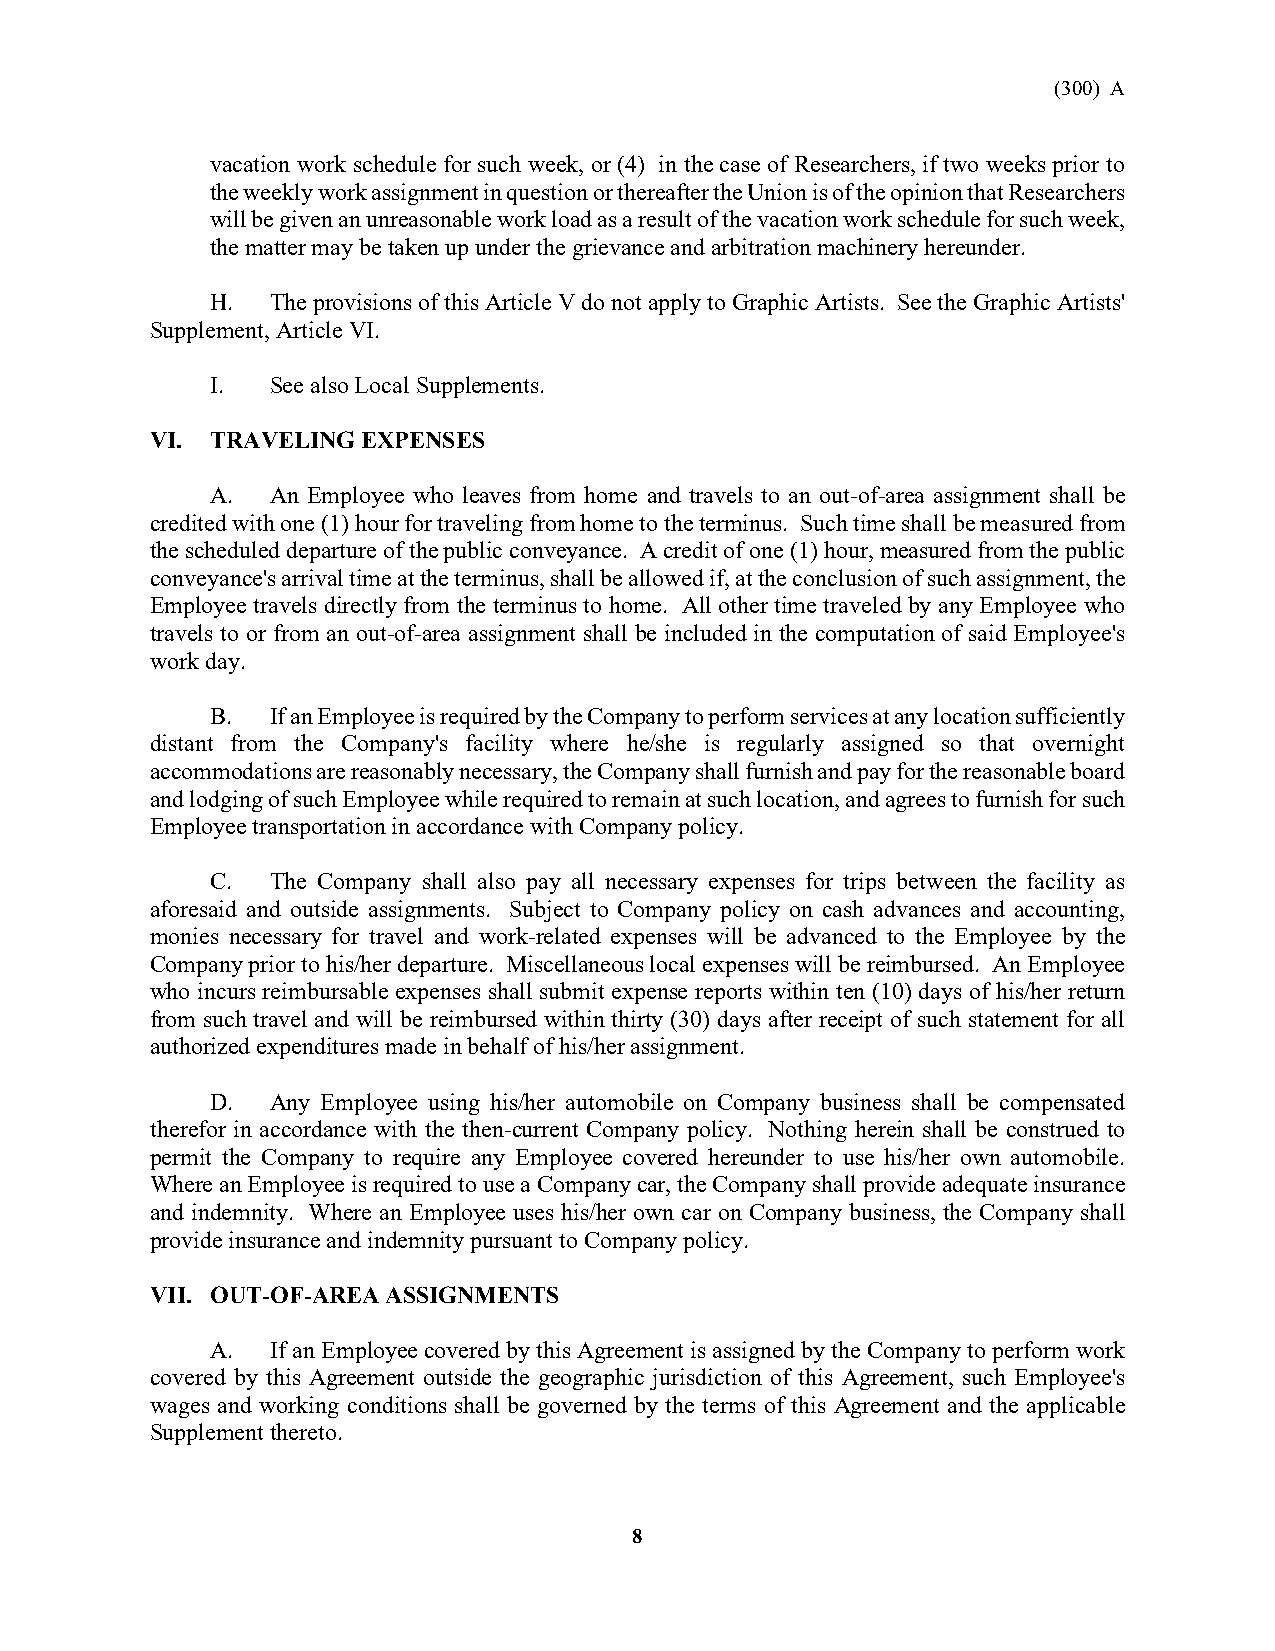
(300) A
 vacation work schedule for such week, or (4) in the case of Researchers, if two weeks prior to
 the weekly work assignment in question or thereafter the Union is of the opinion that Researchers
 will be given an unreasonable work load as a result of the vacation work schedule for such week,
 the matter may be taken up under the grievance and arbitration machinery hereunder.
 H.  The provisions of this Article V do not apply to Graphic Artists. See the Graphic Artists'
 Supplement, Article VI.
 I.  See also Local Supplements.
 VI. TRAVELING EXPENSES
 A.  An Employee who leaves from home and travels to an out-of-area assignment shall be
 credited with one (1) hour for traveling from home to the terminus. Such time shall be measured from
 the scheduled departure of the public conveyance. A credit of one (1) hour, measured from the public
 conveyance's arrival time at the terminus, shall be allowed if, at the conclusion of such assignment, the
 Employee travels directly from the terminus to home. All other time traveled by any Employee who
 travels to or from an out-of-area assignment shall be included in the computation of said Employee's
 work day.
 B.  If an Employee is required by the Company to perform services at any location sufficiently
 distant from the Company's facility where he/she is regularly assigned so that overnight
 accommodations are reasonably necessary, the Company shall furnish and pay for the reasonable board
 and lodging of such Employee while required to remain at such location, and agrees to furnish for such
 Employee transportation in accordance with Company policy.
 C.  The Company shall also pay all necessary expenses for trips between the facility as
 aforesaid and outside assignments. Subject to Company policy on cash advances and accounting,
 monies necessary for travel and work-related expenses will be advanced to the Employee by the
 Company prior to his/her departure. Miscellaneous local expenses will be reimbursed. An Employee
 who incurs reimbursable expenses shall submit expense reports within ten (10) days of his/her return
 from such travel and will be reimbursed within thirty (30) days after receipt of such statement for all
 authorized expenditures made in behalf of his/her assignment.
 D.  Any Employee using his/her automobile on Company business shall be compensated
 therefor in accordance with the then-current Company policy. Nothing herein shall be construed to
 permit the Company to require any Employee covered hereunder to use his/her own automobile.
 Where an Employee is required to use a Company car, the Company shall provide adequate insurance
 and indemnity. Where an Employee uses his/her own car on Company business, the Company shall
 provide insurance and indemnity pursuant to Company policy.
 VII. OUT-OF-AREA ASSIGNMENTS
 A.  If an Employee covered by this Agreement is assigned by the Company to perform work
 covered by this Agreement outside the geographic jurisdiction of this Agreement, such Employee's
 wages and working conditions shall be governed by the terms of this Agreement and the applicable
 Supplement thereto.
 8